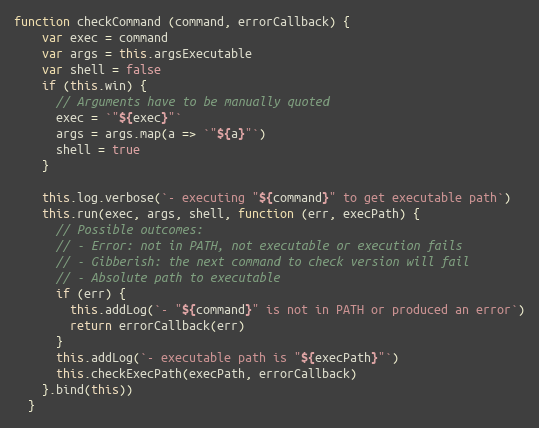
Language: JavaScript
function checkCommand (command, errorCallback) {
    var exec = command
    var args = this.argsExecutable
    var shell = false
    if (this.win) {
      // Arguments have to be manually quoted
      exec = `"${exec}"`
      args = args.map(a => `"${a}"`)
      shell = true
    }

    this.log.verbose(`- executing "${command}" to get executable path`)
    this.run(exec, args, shell, function (err, execPath) {
      // Possible outcomes:
      // - Error: not in PATH, not executable or execution fails
      // - Gibberish: the next command to check version will fail
      // - Absolute path to executable
      if (err) {
        this.addLog(`- "${command}" is not in PATH or produced an error`)
        return errorCallback(err)
      }
      this.addLog(`- executable path is "${execPath}"`)
      this.checkExecPath(execPath, errorCallback)
    }.bind(this))
  }